Report of the Bombay Veterinary College
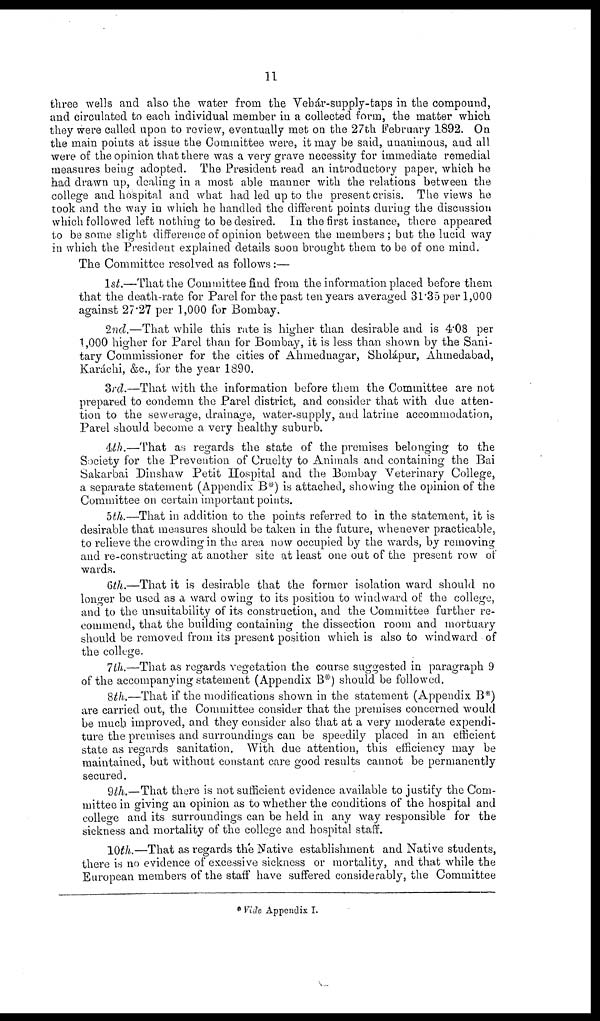
11
three wells and also the water from the Vehár-supply-taps in the compound,
and circulated to each individual member in a collected form, the matter which
they were called upon to review, eventually met on the 27th February 1892. On
the main points at issue the Committee were, it may be said, unanimous, and all
were of the opinion that there was a very grave necessity for immediate remedial
measures being adopted. The President read an introductory paper, which he
had drawn up, dealing in a most able manner with the relations between the
college and hospital and what had led up to the present crisis. The views he
took and the way in which he handled the different points during the discussion
which followed left nothing to be desired. In the first instance, there appeared
to be some slight difference of opinion between the members ; but the lucid way
in which the President explained details soon brought them to be of one mind.
The Committee resolved as follows:—
1st.—That the Committee find from the information placed before them
that the death-rate for Parel for the past ten years averaged 31.35 per 1,000
against 27.27 per 1,000 for Bombay.
2nd.—That while this rate is higher than desirable and is 4.08 per
1,000 higher for Parel than for Bombay, it is less than shown by the Sani-
tary Commissioner for the cities of Ahmednagar, Sholápur, Ahmedabad,
Karáchi, &c., for the year 1890.
3rd.—That with the information before them the Committee are not
prepared to condemn the Parel district, and consider that with due atten-
tion to the sewerage, drainage, water-supply, and latrine accommodation,
Parel should become a very healthy suburb.
4th.—That as regards the state of the premises belonging to the
Society for the Prevention of Cruelty to Animals and containing the Bai
Sakarbai Dinshaw Petit Hospital and the Bombay Veterinary College,
a separate statement (Appendix B*) is attached, showing the opinion of the
Committee on certain important points.
5th.—That in addition to the points referred to in the statement, it is
desirable that measures should be taken in the future, whenever practicable,
to relieve the crowding in the area now occupied by the wards, by removing
and re-constructing at another site at least one out of the present row of
wards.
6th.—That it is desirable that the former isolation ward should no
longer be used as a ward owing to its position to windward of: the college,
and to the unsuitability of its construction, and the Committee further re-
commend, that the building containing the dissection room and mortuary
should be removed from its present position which is also to windward of
the college.
7 th.—That as regards vegetation the course suggested in paragraph 9
of the accompanying statement (Appendix B*) should be followed.
8th.—That if the modifications shown in the statement (Appendix B*)
are carried out, the Committee consider that the premises concerned would
be much, improved, and they consider also that at a very moderate expendi-
ture the premises and surroundings can be speedily placed in an efficient
state as regards sanitation. With due attention, this efficiency may be
maintained, but without constant care good results cannot be permanently
secured.
9th.—That there is not sufficient evidence available to justify the Com-
mittee in giving an opinion as to whether the conditions of the hospital and
college and its surroundings can be held in any way responsible for the
sickness and mortality of the college and hospital staff.
10th.—That as regards the Native establishment and Native students,
there is no evidence of excessive sickness or mortality, and that while the
European members of the staff have suffered considerably, the Committee
* Vide Appendix I.